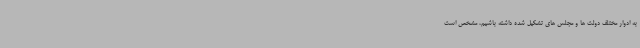
به ادوار مختلف دولت ها و مجلس های تشکیل شده داشته باشیم، مشخص است